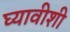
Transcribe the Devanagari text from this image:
घ्यावीशी